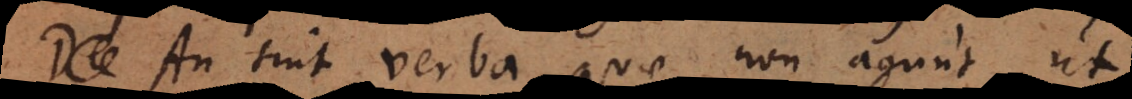
An sint verba quae non agunt, ut